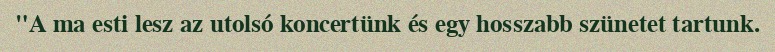
"A ma esti lesz az utolsó koncertünk és egy hosszabb szünetet tartunk.